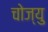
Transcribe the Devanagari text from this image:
चोज्यु